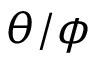
\theta / \phi